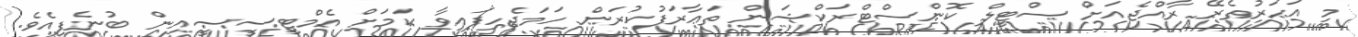
މި އަހަރުތެރޭ ރާއްޖެއަށް ސްޓީލް ކޮންސްޓްރަކްޝަން ތަޢާރަފުކުރަން ހަމަޖެހިފައިވާ ކަމަށް އެމްޓީސީސީއިން ބުނެފިއެވެ.